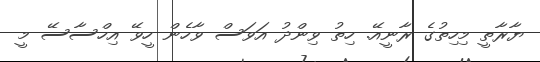
ޔާރާތީ މިހިތުގެ ރާނީއޭ. ހިތު ވިންދު އަވަސް ވާހެން ހީވޭ އިހްސާސޭ މީ